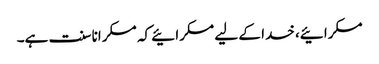
مسکرائیے، خدا کے لیے مسکرائیے کہ مسکرانا سنت ہے۔